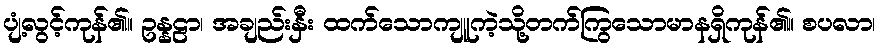
ပျံ့လွင့်ကုန်၏။ ဥန္နဠာ၊ အချည်းနှီး ထက်သောကျူကဲ့သို့တက်ကြွသောမာနရှိကုန်၏။ စပလာ၊